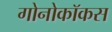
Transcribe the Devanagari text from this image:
गोनोकॉकस